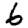
Digit: 6